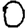
Digit: 0